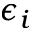
\epsilon _ { i }